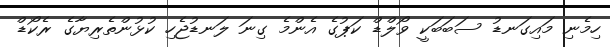
ހިމެނި މައިގަނޑު ސަބަބަކީ ވޯލްޑް ކަޕުގެ އެންމެ ގިނަ ލަނޑުޖެހި ކުޅުންތެރިޔާގެ ރެކޯޑް